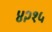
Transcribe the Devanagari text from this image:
४२१५